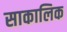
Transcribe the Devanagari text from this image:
साकालिक